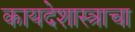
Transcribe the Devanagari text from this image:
कायदेशास्त्राचा